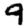
Digit: 9